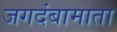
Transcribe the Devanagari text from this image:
जगदंबामाता